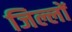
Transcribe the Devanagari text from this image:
जिल्लों